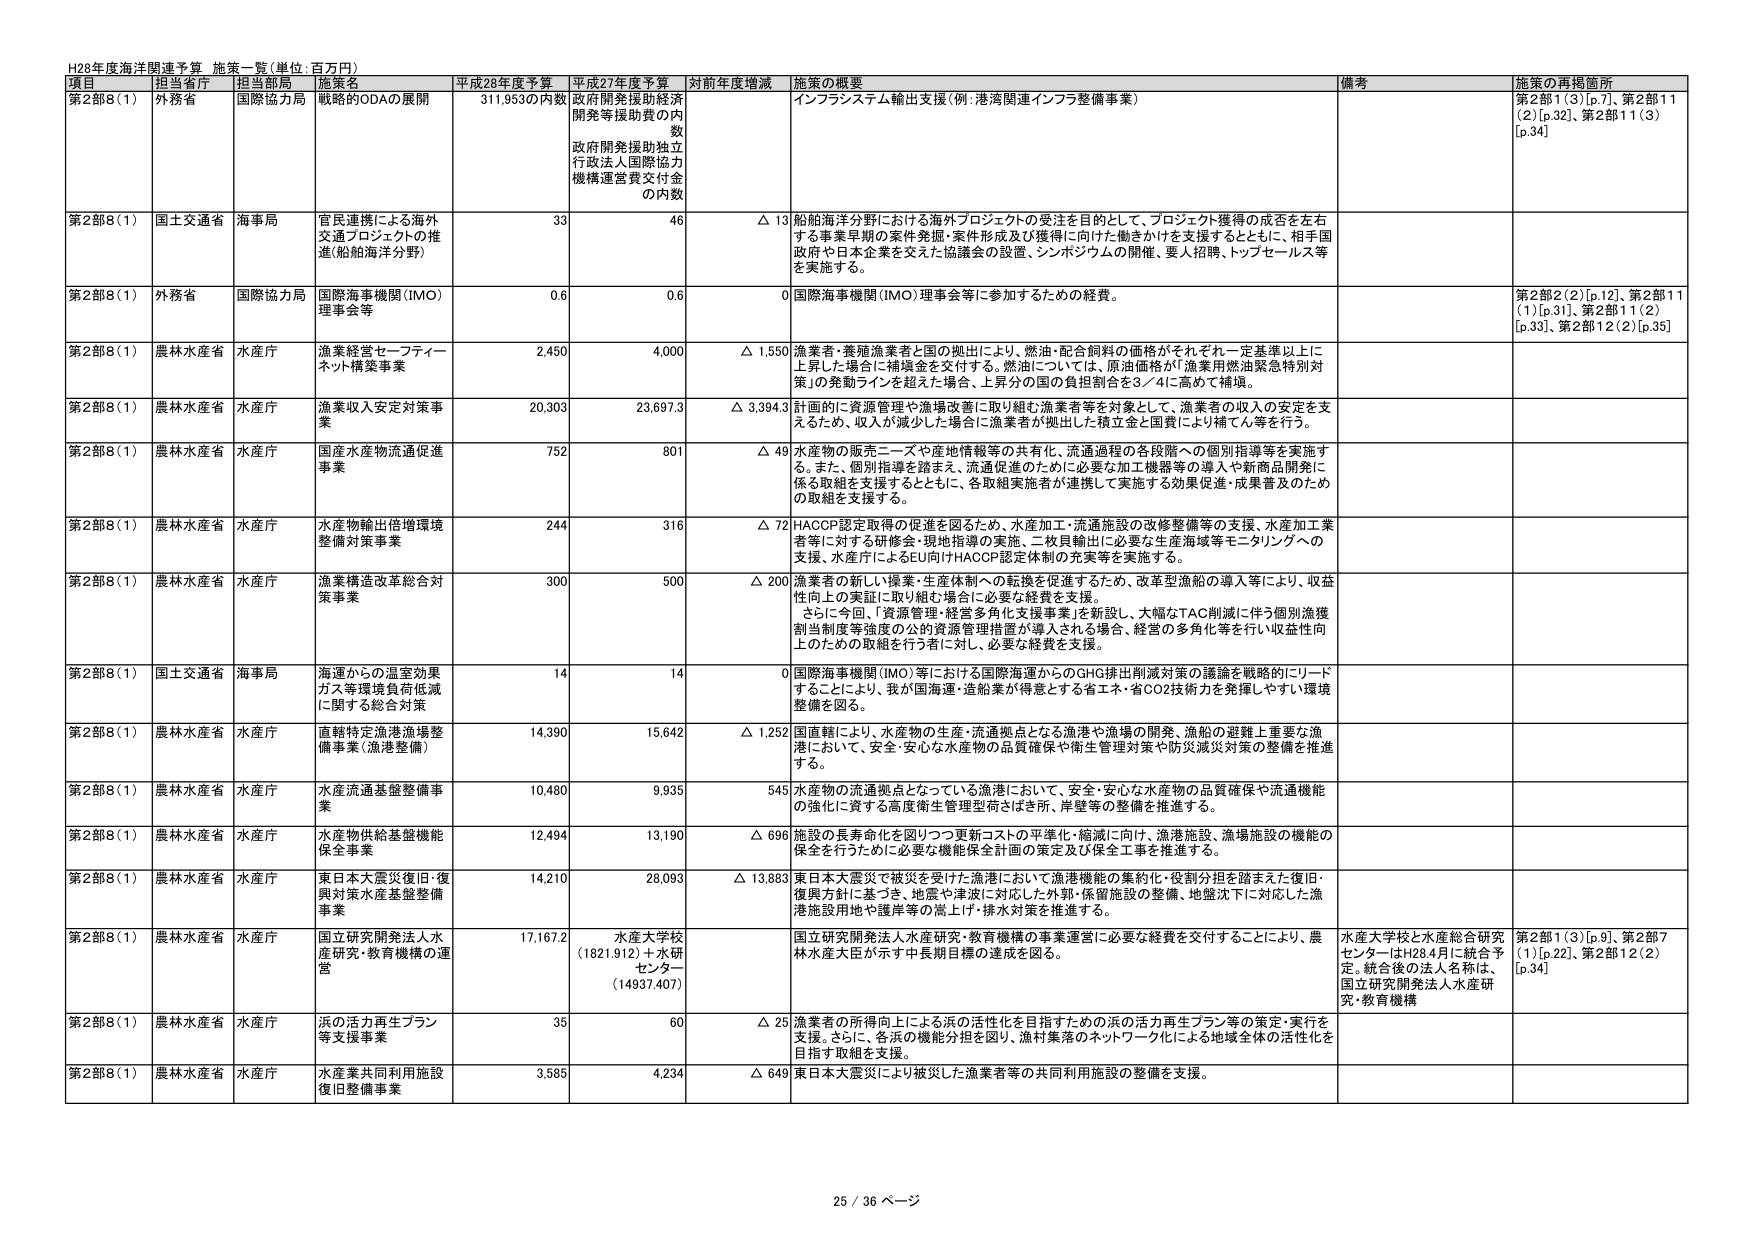
H28年度海洋関連予算 施策一覧（単位：百万円）

項目 担当省庁 担当部局 施策名 平成28年度予算 平成27年度予算 対前年度増減 施策の概要 備考 施策の再掲箇所

第2部8（1） 外務省 国際協力局 戦略的ODAの展開 311,953の内数 政府開発援助経済開発等援助費の内数 政府開発援助独立行政法人国際協力機構運営費交付金の内数 インフラシステム輸出支援（例：港湾関連インフラ整備事業） 第2部1（3）[p.7]、第2部11（2）[p.32]、第2部11（3）[p.34]

第2部8（1） 国土交通省 海事局 官民連携による海外交通プロジェクトの推進（船舶海洋分野） 33 46 △ 13 船舶海洋分野における海外プロジェクトの受注を目的として、プロジェクト獲得の成否を左右する事業早期の案件発掘・案件形成及び獲得に向けた働きかけを支援するとともに、相手国政府や日本企業を交えた協議会の設置、シンポジウムの開催、要人招聘、トップセールス等を実施する。

第2部8（1） 外務省 国際協力局 国際海事機関（IMO）理事会等 0.6 0.6 0 国際海事機関（IMO）理事会等に参加するための経費。 第2部2（2）[p.12]、第2部11（1）[p.31]、第2部11（2）[p.33]、第2部12（2）[p.35]

第2部8（1） 農林水産省 水産庁 漁業経営セーフティーネット構築事業 2,450 4,000 △ 1,550 漁業者・養殖漁業者と国の拠出により、燃油・配合飼料の価格がそれぞれ一定基準以上に上昇した場合に補助金を交付する。燃油については、原油価格が「漁業用燃油緊急特別対策」の発動ラインを超えた場合、上昇分の国の負担割合を3／4に高めて補助。

第2部8（1） 農林水産省 水産庁 漁業収入安定対策事業 20,303 23,697.3 △ 3,394.3 計画的に資源管理や漁場改善に取り組む漁業者等を対象として、漁業者の収入の安定を支えるため、収入が減少した場合に漁業者が拠出した積立金と国費により補てん等を行う。

第2部8（1） 農林水産省 水産庁 国産水産物流通促進事業 752 801 △ 49 水産物の販売ニーズや産地情報等の共有化、流通過程の各段階への個別指導等を実施する。また、個別指導を踏まえ、流通促進のために必要な加工機器等の導入や新商品開発に係る取組を支援するとともに、各取組実施者が連携して実施する効果促進・成果普及のための取組を支援する。

第2部8（1） 農林水産省 水産庁 水産物輸出倍増環境整備対策事業 244 316 △ 72 HACCP認定取得の促進を図るため、水産加工・流通施設の改修整備等の支援、水産加工業者等に対する研修会・現地指導の実施、二枚貝輸出に必要な生産海域等モニタリングへの支援、水産庁によるEU向けHACCP認定体制の充実等を実施する。

第2部8（1） 農林水産省 水産庁 漁業構造改革総合対策事業 300 500 △ 200 漁業者の新しい操業・生産体制への転換を促進するため、改革型漁船の導入等により、収益性向上の実証に取り組む場合に必要な経費を支援。 さらに今回、「資源管理・経営多角化支援事業」を新設し、大幅なTAC削減に伴う個別漁獲割当制度等強度の公的資源管理措置が導入される場合、経営の多角化等を行い収益性向上のための取組を行う者に対し、必要な経費を支援。

第2部8（1） 国土交通省 海事局 海運からの温室効果ガス等環境負荷低減に関する総合対策 14 14 0 国際海事機関（IMO）等における国際海運からのGHG排出削減対策の議論を戦略的にリードすることにより、我が国海運・造船業が得意とする省エネ・省CO2技術力を発揮しやすい環境整備を図る。

第2部8（1） 農林水産省 水産庁 直轄特定漁港漁場整備事業（漁港整備） 14,390 15,642 △ 1,252 国直轄により、水産物の生産・流通拠点となる漁港や漁場の開発、漁船の避難上重要な漁港において、安全・安心な水産物の品質確保や衛生管理対策や防災減災対策の整備を推進する。

第2部8（1） 農林水産省 水産庁 水産流通基盤整備事業 10,480 9,935 545 水産物の流通拠点となっている漁港において、安全・安心な水産物の品質確保や流通機能の強化に資する高度衛生管理型荷さばき所、岸壁等の整備を推進する。

第2部8（1） 農林水産省 水産庁 水産物供給基盤機能保全事業 12,494 13,190 △ 696 施設の長寿命化を図りつつ更新コストの平準化・縮減に向け、漁港施設、漁場施設の機能の保全を行うために必要な機能保全計画の策定及び保全工事を推進する。

第2部8（1） 農林水産省 水産庁 東日本大震災復旧・復興対策水産基盤整備事業 14,210 28,093 △ 13,883 東日本大震災で被災を受けた漁港において漁港機能の集約化・役割分担を踏まえた復旧・復興方針に基づき、地盤や津波に対応した外郭・保留施設の整備、地盤沈下に対応した漁港施設用地や護岸等の嵩上げ・排水対策を推進する。

第2部8（1） 農林水産省 水産庁 国立研究開発法人水産研究・教育機構の運営 17,167.2 水産大学校 （1821.912）＋水研センター （14937.407） 国立研究開発法人水産研究・教育機構の事業運営に必要な経費を交付することにより、農林水産大臣が示す中長期目標の達成を図る。 水産大学校と水産総合研究センターはH28.4月に統合予定。統合後の法人名称は、国立研究開発法人水産研究・教育機構 第2部1（3）[p.9]、第2部7（1）[p.22]、第2部12（2）[p.34]

第2部8（1） 農林水産省 水産庁 浜の活力再生プラン等支援事業 35 60 △ 25 漁業者の所得向上による浜の活性化を目指すための浜の活力再生プラン等の策定・実行を支援。さらに、各浜の機能分担を図り、漁村集落のネットワーク化による地域全体の活性化を目指す取組を支援。

第2部8（1） 農林水産省 水産庁 水産業共同利用施設復旧整備事業 3,585 4,234 △ 649 東日本大震災により被災した漁業者等の共同利用施設の整備を支援。

25 / 36 ページ